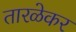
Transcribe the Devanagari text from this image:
तारळेकर